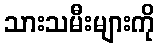
သားသမီးများကို